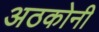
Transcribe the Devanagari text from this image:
अठकोनी